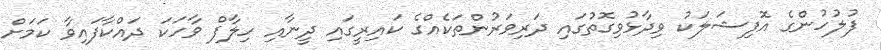
ފުލުހުންގެ އޮފިޝަލަކު ވިދާޅުވިގޮތުގައި ދަރިވަރުންތަކެއްގެ ކައިރީގައި ދީނާއި ހިލާފް ވާހަކަ ދައްކާފައިވާ ކަމަށް